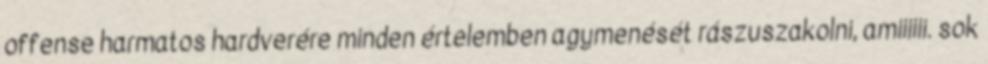
offense harmatos hardverére minden értelemben agymenését rászuszakolni, amiiiiii. sok